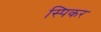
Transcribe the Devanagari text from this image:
स्पिकर